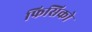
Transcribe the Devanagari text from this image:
फिसिको